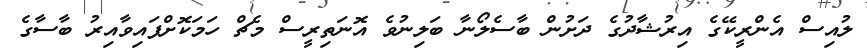
ލުއިސް އެންރީކޭގެ އިރުޝާދުގެ ދަށުން ބާސެލޯނާ ބަލިނުވެ އޮނަތިރީސް މެޗް ހަމަކޮށްފައިވާއިރު ބާސާގެ